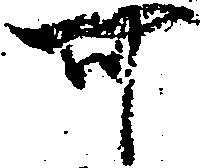
可